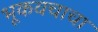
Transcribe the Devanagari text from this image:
भूकवचाचा